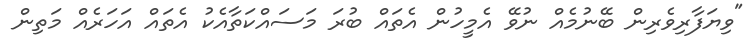
"ވިޔަފާރިވެރިން ބޭނުމެއް ނުވޭ އެމީހުން އެތައް ބުރަ މަސައްކަތާއެކު އެތައް އަހަރެއް މަތިން